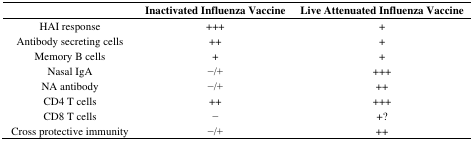
<table><thead><tr><td></td><td><b>Inactivated Influenza Vaccine</b></td><td><b>Live Attenuated Influenza Vaccine</b></td></tr></thead><tbody><tr><td>HAI response</td><td>+++</td><td>+</td></tr><tr><td>Antibody secreting cells</td><td>++</td><td>+</td></tr><tr><td>Memory B cells</td><td>+</td><td>+</td></tr><tr><td>Nasal IgA</td><td>−/+</td><td>+++</td></tr><tr><td>NA antibody</td><td>−/+</td><td>++</td></tr><tr><td>CD4 T cells</td><td>++</td><td>+++</td></tr><tr><td>CD8 T cells</td><td>−</td><td>+?</td></tr><tr><td>Cross protective immunity</td><td>−/+</td><td>++</td></tr></tbody></table>